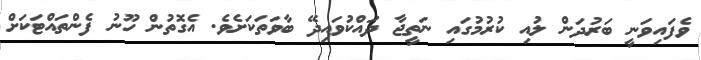
ވެފައިވަނީ ބަރުދަން ލުއި ކުރުމުގައި ނަތީޖާ ދައްކުވައިދޭ ބާވަތަކަށެވެ. އެގޮތުން ހޫނު ފެންތައްޓަކަށް